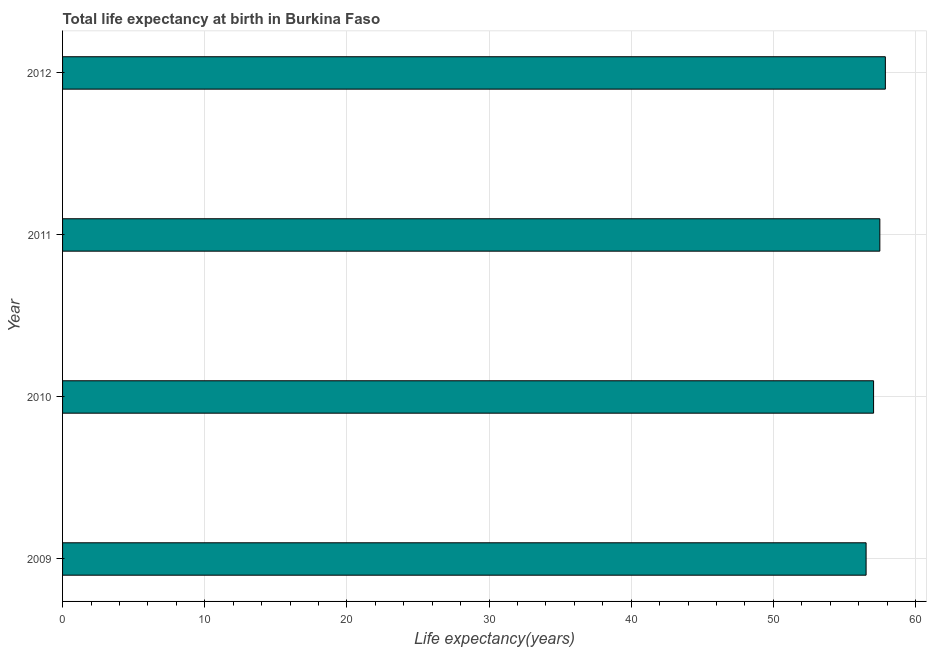
| Year | Life expectancy at birth |
 | --- | --- |
 | 2009 | 56.5 |
 | 2010 | 57.1 |
 | 2011 | 57.5 |
 | 2012 | 57.9 |